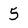
Character: 5